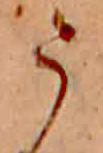
う